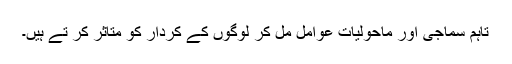
تاہم سماجی اور ماحولیات عوامل مل کر لوگوں کے کردار کو متاثر کر تے ہیں۔